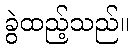
ခွဲထည့်သည်။